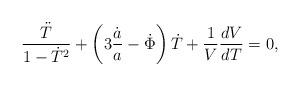
LaTeX: \begin{align*}\frac{\ddot T}{1-\dot T^2}+\left(3\frac{\dot a}{a}-\dot\Phi\right)\dot T+\frac{1}{V}\frac{dV}{dT}=0,\end{align*}